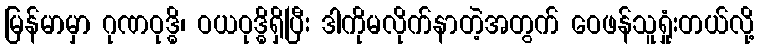
မြန်မာမှာ ဂုဏဝုဒ္ဓိ၊ ဝယဝုဒ္ဓိရှိပြီး ဒါကိုမလိုက်နာတဲ့အတွက် ဝေဖန်သူရှုံးတယ်လို့